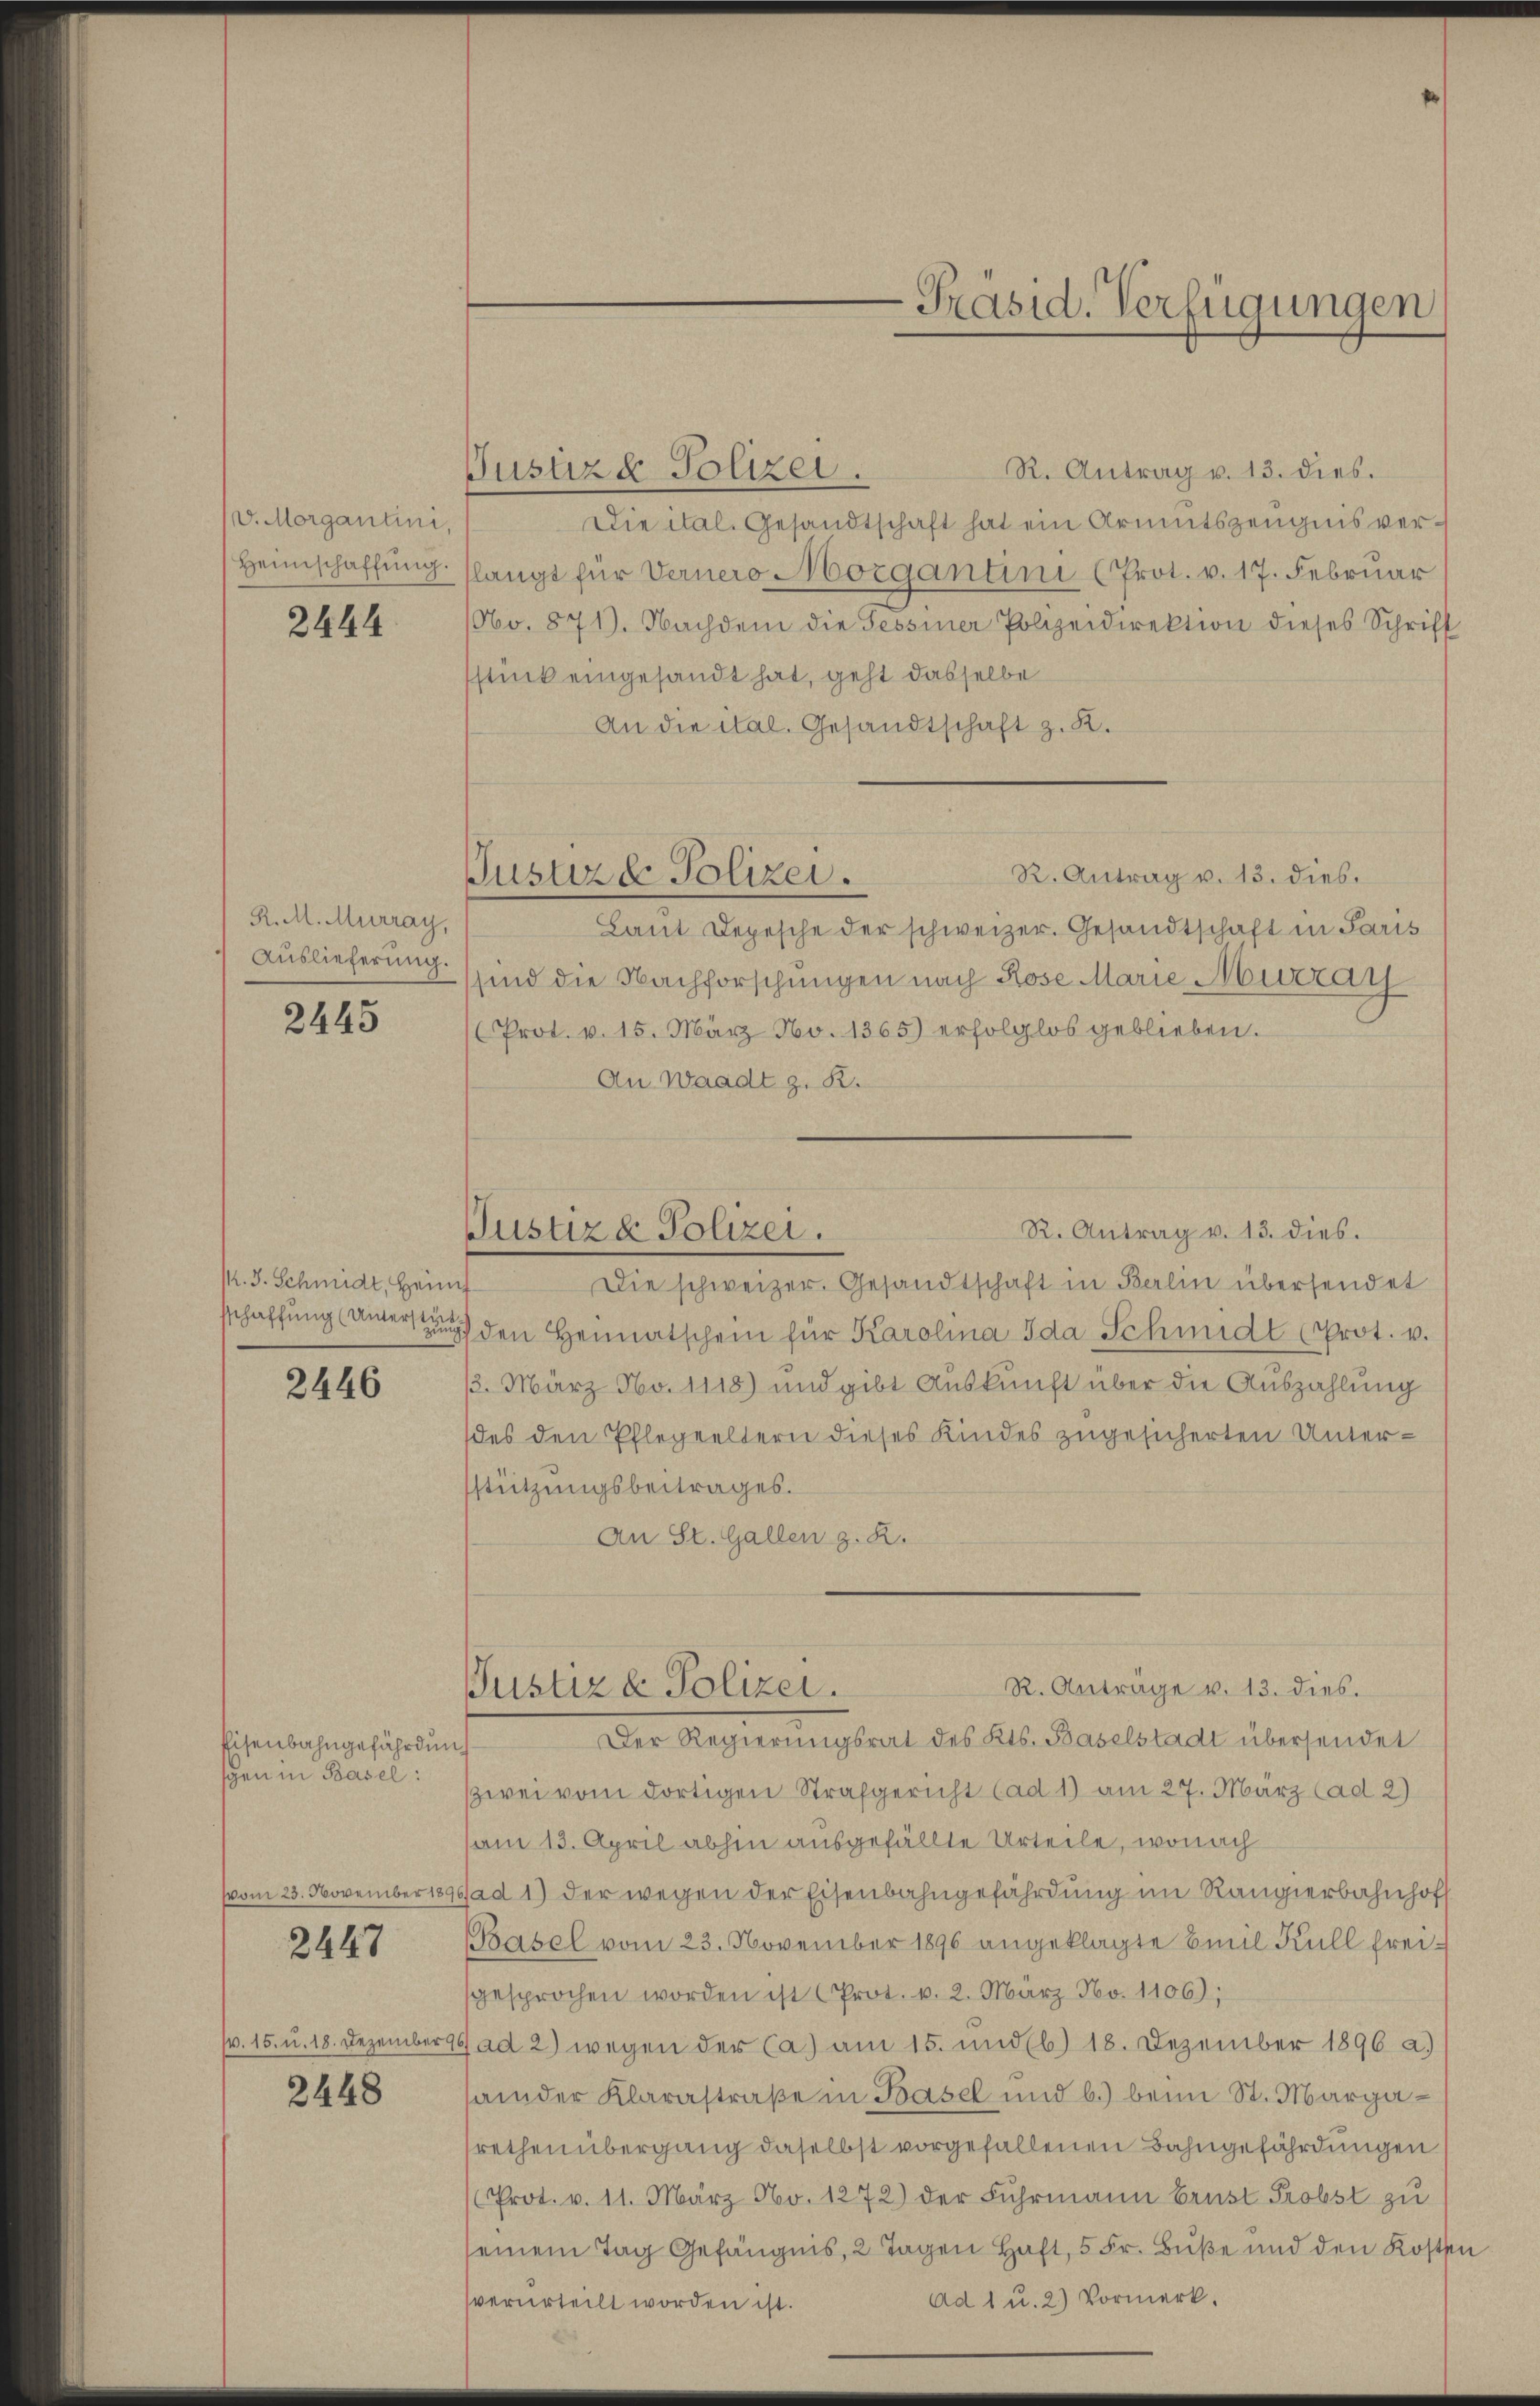
v. Morgantini,
Heimschaffung.

2444

R. M. Murray,
Auslieferung.

2445

M. J. Schmidt, Heim

2446

Eisenbahngefährdung
gen in Basel:
2447
2448

R. Antrag v. 13. dies.
Justiz & Polizei.
Die ital. Gesandtschaft hat ein Armutszeugnis verslangt für Vernero Morgantini (Prot. v. 17. Februar
Obo. 871). Nachdem die Tessiner Polizeidirektion dieses Schrift
stück eingesandt hat, geht dasselbe
An die ital. Gesandtschaft z. K.
R. Antrag v. 13. dies.
Justiz & Polizei.
Laŭt Depesche der schweizer. Gesandtschaft in Paris
sind die Nachforschungen nach Rose Marie Murzay
Prot. v. 15. März No. 1365) erfolglos geblieben.
An Waadt z. B.

-Präsid. Verfügungen

Die schweizer. Gesandtschaft in Berlin übersendet
sschaffung unter den Heimatschein für Karolina Ida Schmidt Prot. v.
1. März No. 1118) und gibt Auskunft über die Auszahlung
des den Pflegeeltern dieses Kindes zugesicherten Unter-
stützungsbeitrages.
An St. Gallen z. B.

R. Antrag v. 13. dies.
Justiz & Polizei.

R. Anträge v. 13. dies.
Justiz & Polizei.

Der Regierungsrat des Kts. Baselstadt übersendet
zwei vom dortigen Strafgericht (ad 1) am 27. März (ad 2)
am 13. April abhin ausgefällte Urteile, wonach
vom 23. November 1896/a d 1) der wegen der Eisenbahngefährdung im Rangierbahnhof
Basel vom 23. November 1896 angeklagte Emil Kull frei-
sgesprochen worden ist Prot. v. 2. März No. 1106);
pr. 15. u. 18. Dezember 19 ad 2) wegen der Ca am 15. und (b) 18. Dezember 1896 a.)
aider Klarastraße in Basel und b.) beim St. Margasrethen übergang daselbst vorgefallenen Bahngefährdungen
Prot. v. 11. März No. 1272) der Fuhrmann brust Probst zu
seinem Tag Gefängnis, 2 Tagen Haft, 5 Fr. Buße und den Kosten
Ad 1 u. 2) Vormerk.
verurteilt worden ist.